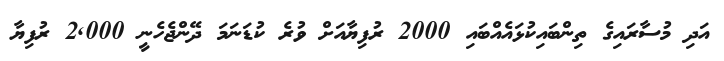
އަދި މުސާރައިގެ ތިންބައިކުޅައެއްބައި 2000 ރުފިޔާއަށް ވުރެ ކުޑަނަމަ ދޭންޖެހެނީ 2